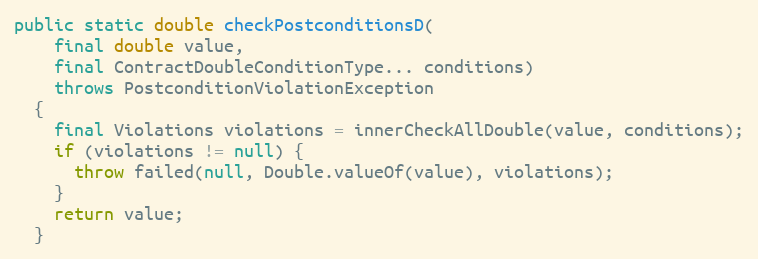
Language: Java
public static double checkPostconditionsD(
    final double value,
    final ContractDoubleConditionType... conditions)
    throws PostconditionViolationException
  {
    final Violations violations = innerCheckAllDouble(value, conditions);
    if (violations != null) {
      throw failed(null, Double.valueOf(value), violations);
    }
    return value;
  }